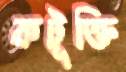
কটূক্তি